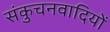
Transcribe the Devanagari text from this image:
संकुचनवादियों